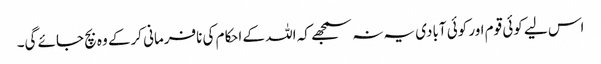
اس لیے کوئی قوم اور کوئی آبادی یہ نہ سمجھے کہ اللہ کے احکام کی نافرمانی کرکے وہ بچ جائے گی۔